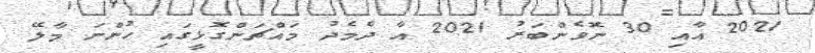
2021 އާއި 30 ނޮވެންބަރު 2021 އާ ދެމެދު މައްޗަންގޮޅީގައި ހުންނަ މާލޭ